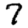
Digit: 7